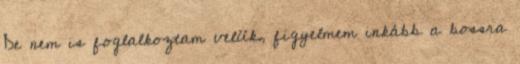
De nem is foglalkoztam velük, figyelmem inkább a bossra